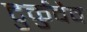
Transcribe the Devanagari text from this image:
टुर्कुवैव